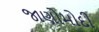
જાણોમોદી